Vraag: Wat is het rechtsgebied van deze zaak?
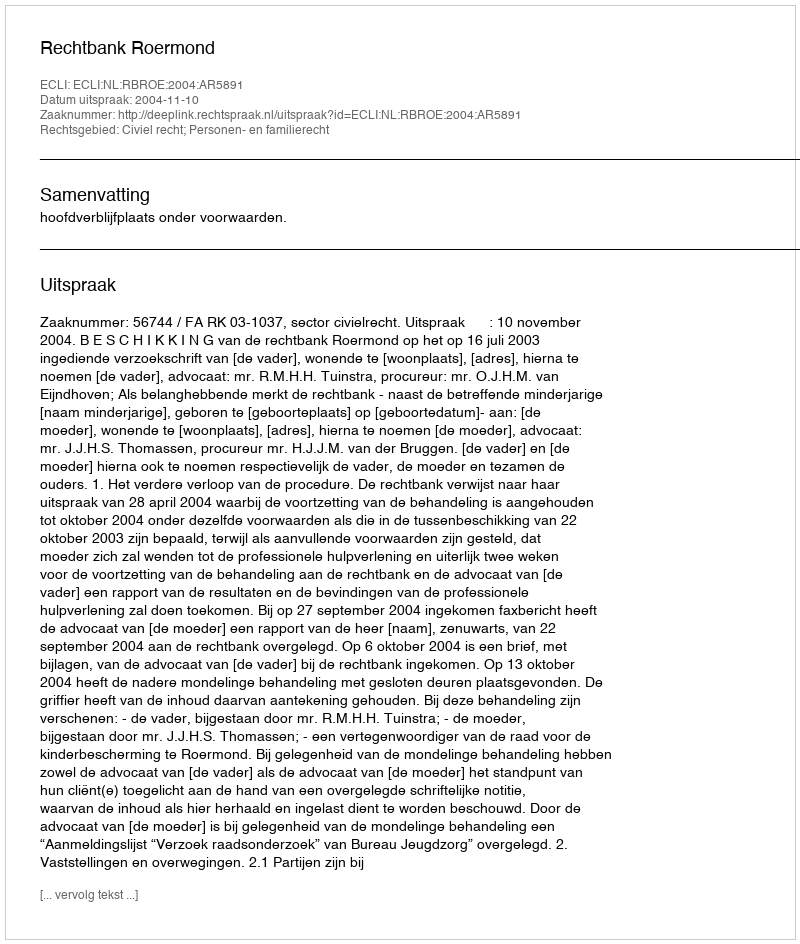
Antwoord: Civiel recht; Personen- en familierecht